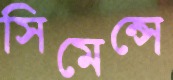
সিমেন্সে